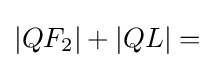
\left|QF_{2}\right|+\left|QL\right|={}